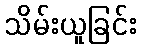
သိမ်းယူခြင်း